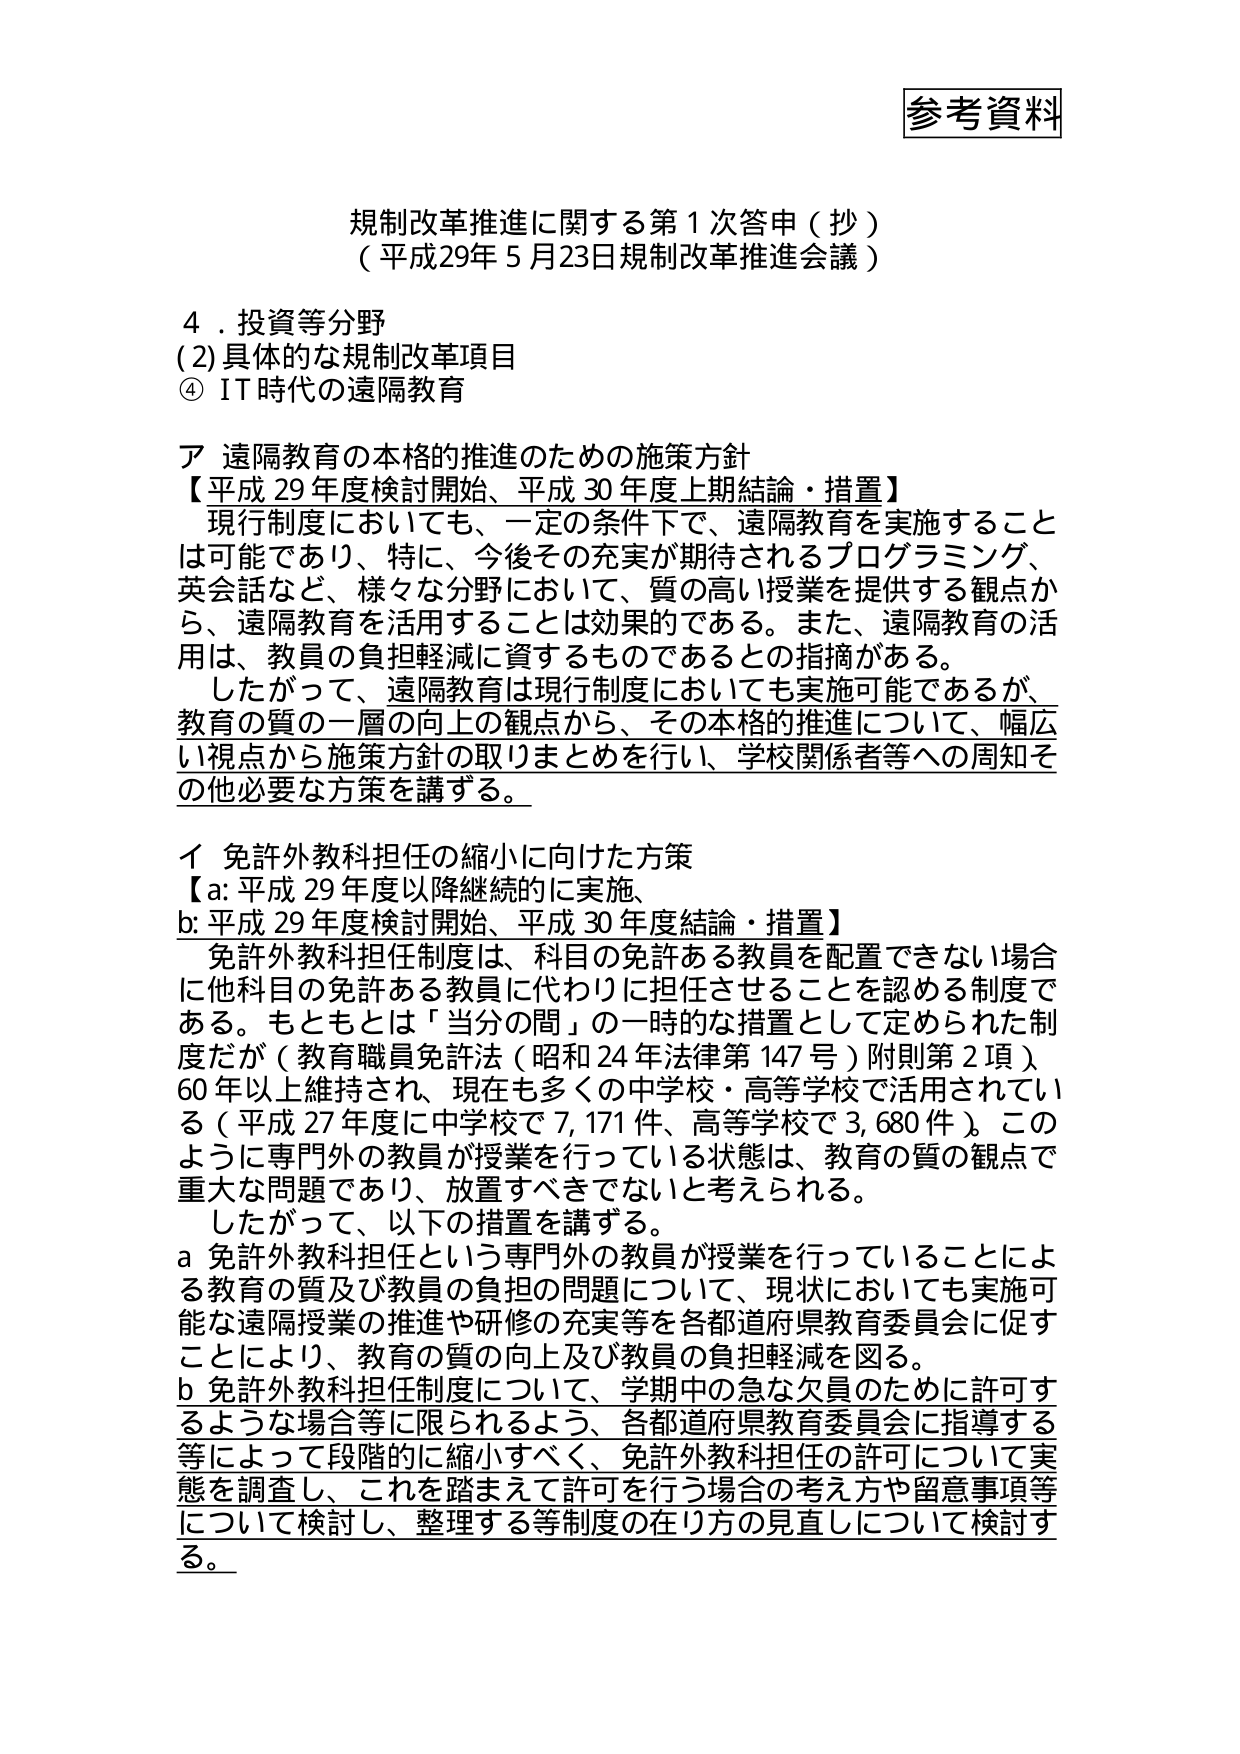
参考資料

規制改革推進に関する第1次答申（抄）
（平成29年5月23日規制改革推進会議）

4．投資等分野
(2)具体的な規制改革項目
④IT時代の遠隔教育

ア 遠隔教育の本格的推進のための施策方針
【平成29年度検討開始、平成30年度上期結論・措置】
　現行制度においても、一定の条件下で、遠隔教育を実施することは可能であり、特に、今後その充実が期待されるプログラミング、英会話など、様々な分野において、質の高い授業を提供する観点から、遠隔教育を活用することは効果的である。また、遠隔教育の活用は、教員の負担軽減に資するものであるとの指摘がある。
　したがって、遠隔教育は現行制度においても実施可能であるが、教育の質の一層の向上の観点から、その本格的推進について、幅広い視点から施策方針の取りまとめを行い、学校関係者等への周知その他の必要な方策を講ずる。

イ 免許外教科担任の縮小に向けた方策
【a:平成29年度以降継続的に実施、
b:平成29年度検討開始、平成30年度結論・措置】
　免許外教科担任制度は、科目の免許ある教員を配置できない場合に他科目の免許ある教員に代わりに担任させることを認める制度である。もともとは「当分の間」の一時的な措置として定められた制度だが（教育職員免許法（昭和24年法律第147号）附則第2項）、60年以上維持され、現在も多くの中学校・高等学校で活用されている（平成27年度に中学校で7,171件、高等学校で3,680件）。このように専門外の教員が授業を行っている状態は、教育の質の観点で重大な問題であり、放置すべきでないと考えられる。
　したがって、以下の措置を講ずる。
a 免許外教科担任という専門外の教員が授業を行っていることによる教育の質及び教員の負担の問題について、現状においても実施可能な遠隔授業の推進や研修の充実等を各都道府県教育委員会に促すことにより、教育の質の向上及び教員の負担軽減を図る。
b 免許外教科担任制度について、学期中の急な欠員のために許可するような場合等に限られるよう、各都道府県教育委員会に指導する等によって段階的に縮小すべく、免許外教科担任の許可について実態を調査し、これを踏まえて許可を行う場合の考え方や留意事項等について検討し、整理する等制度の在り方の見直しについて検討する。